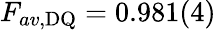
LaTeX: F_{av,\mathrm{DQ}}=0.981(4)